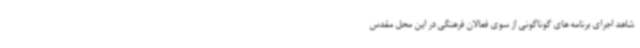
شاهد اجرای برنامه های گوناگونی از سوی فعالان فرهنگی در این محل مقدس